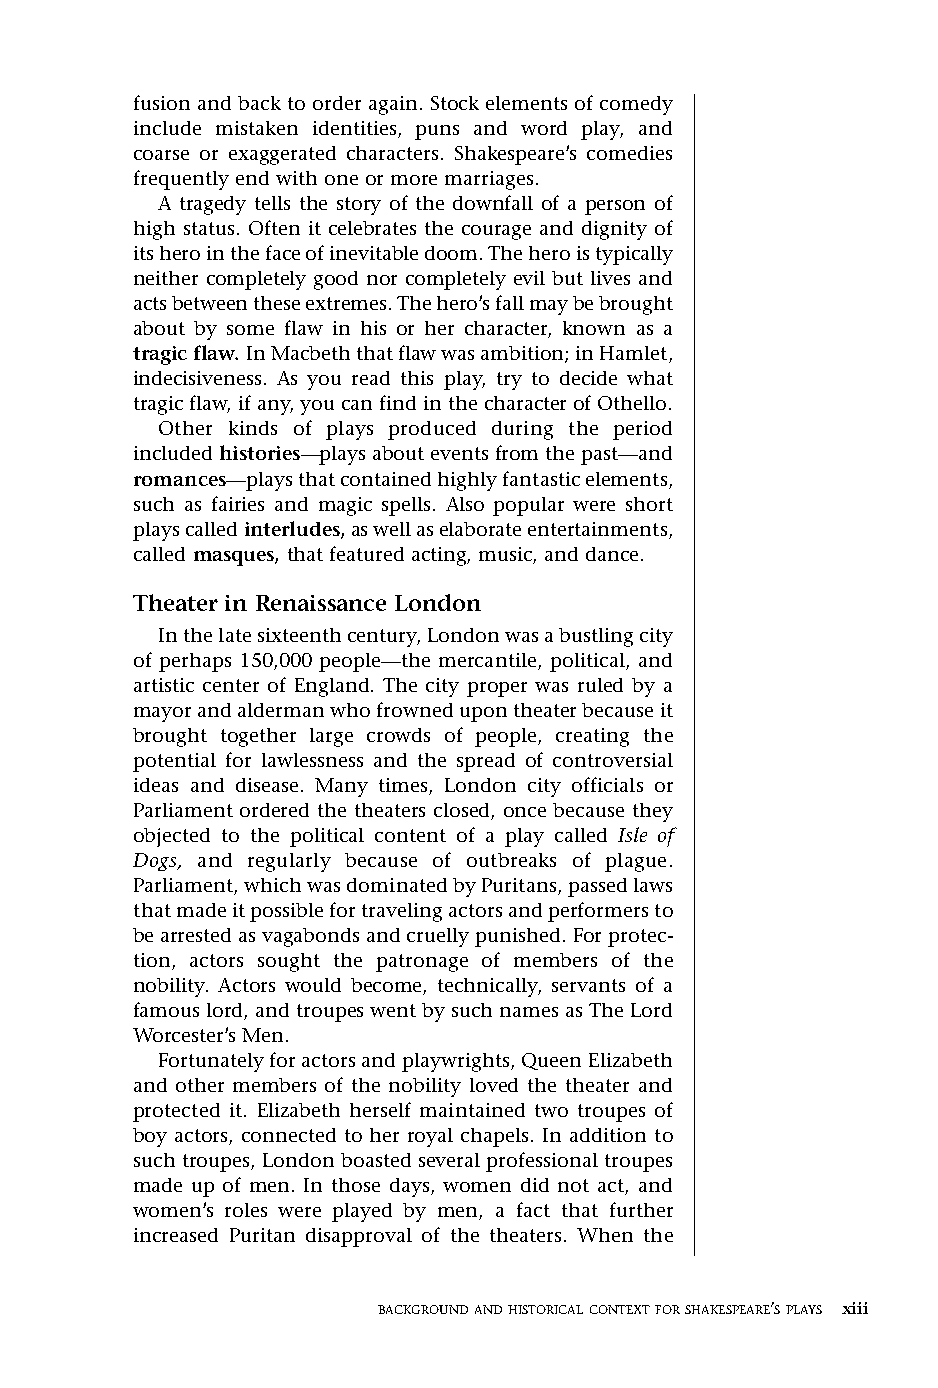
Othello FM.qxd 1/14/05 9:25 AM Page xiii
 fusion and back to order again. Stock elements of comedy
 include mistaken identities, puns and word play, and
 coarse or exaggerated characters. Shakespeare’s comedies
 frequently end with one or more marriages.
 A tragedy tells the story of the downfall of a person of
 high status. Often it celebrates the courage and dignity of
 its hero in the face of inevitable doom. The hero is typically
 neither completely good nor completely evil but lives and
 acts between these extremes. The hero’s fall may be brought
 about by some flaw in his or her character, known as a
 tragic flaw. In Macbeththat flaw was ambition; in Hamlet,
 indecisiveness. As you read this play, try to decide what
 tragic flaw, if any, you can find in the character of Othello.
 Other kinds of plays produced during the period
 included histories—plays about events from the past—and
 romances—plays that contained highly fantastic elements,
 such as fairies and magic spells. Also popular were short
 plays called interludes,as well as elaborate entertainments,
 called masques, that featured acting, music, and dance.
 Theater in Renaissance London
 In the late sixteenth century, London was a bustling city
 of perhaps 150,000 people—the mercantile, political, and
 artistic center of England. The city proper was ruled by a
 mayor and alderman who frowned upon theater because it
 brought together large crowds of people, creating the
 potential for lawlessness and the spread of controversial
 ideas and disease. Many times, London city officials or
 Parliament ordered the theaters closed, once because they
 objected to the political content of a play called Isle of
 Dogs, and regularly because of outbreaks of plague.
 Parliament, which was dominated by Puritans, passed laws
 that made it possible for traveling actors and performers to
 be arrested as vagabonds and cruelly punished. For protec-
 tion, actors sought the patronage of members of the
 nobility. Actors would become, technically, servants of a
 famous lord, and troupes went by such names as The Lord
 Worcester’s Men.
 Fortunately for actors and playwrights, Queen Elizabeth
 and other members of the nobility loved the theater and
 protected it. Elizabeth herself maintained two troupes of
 boy actors, connected to her royal chapels. In addition to
 such troupes, London boasted several professional troupes
 made up of men. In those days, women did not act, and
 women’s roles were played by men, a fact that further
 increased Puritan disapproval of the theaters. When the
 BACKGROUNDANDHISTORICALCONTEXTFORSHAKESPEARE’SPLAYS xiii